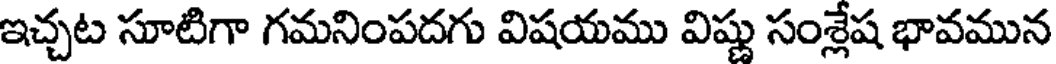
ఇచ్చట సూటిగా గమనింపదగు విషయము విష్ణు సంశ్లేష భావమున